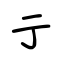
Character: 亍